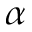
\alpha